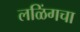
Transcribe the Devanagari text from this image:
लळिंगचा